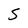
Character: S